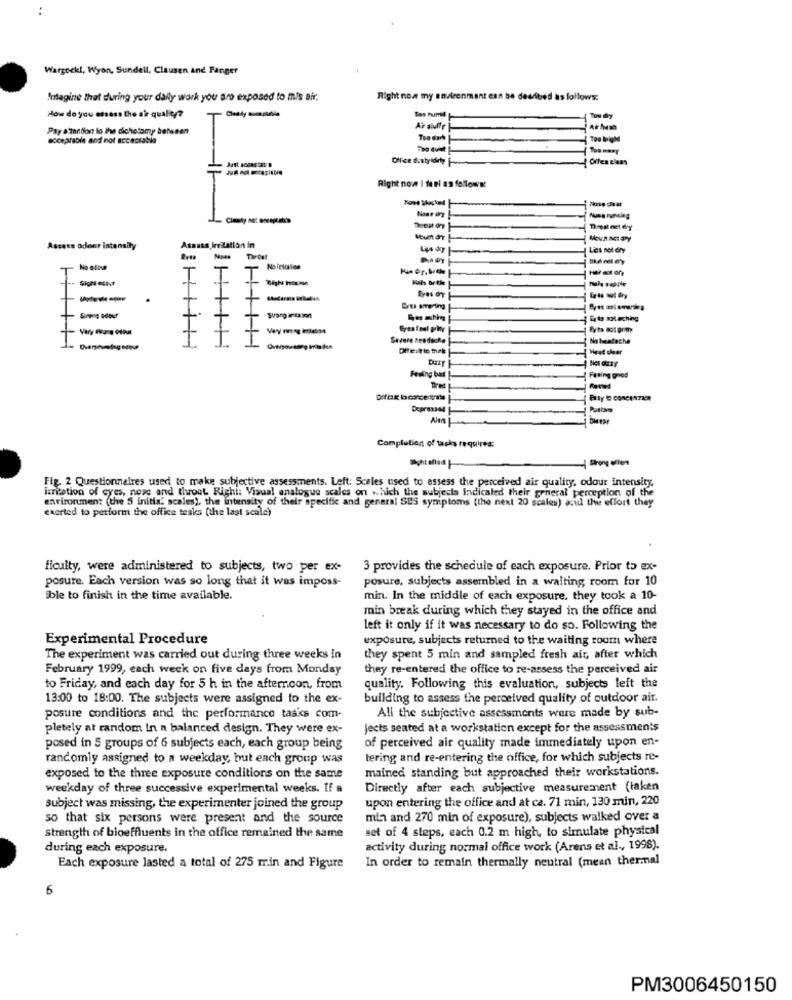
..
Wargockl, Wyon, Sundell, Clausen and Fanger
Imagine that during your daily work you are exposed to this air.
Right now my environment can be desdibed as follows:
How do you assess the air quality?
Pay a'tantion lo the dichotomy between
Ar aluffe
acceptable and not acceptable
Right now I feel as follows:
Nome runting
Dres net ery
Assess odour intensity
Assass irelation in
Lies not dry
Tivdet
1
+
T
T
+
Eyes dy
T
T
+
Et mleching
II
Severe seadache
No headache
Overşeyesdag steve
Heat chear
Feeling bas
Filing good
Tired
Difar borcens
Elly'D concerTam
Completion of tasks requires:
Schteflad
Strong effen
Fig. 2 Questionnaires used to make subjective assessments. Left: Scales used to assess the perceived air quality, odour intensity.
izritation of cyes, nose and throat Righi: Visual analogue scales on which the subjects Indicaled their general perception of the
environment (the S initis' scales), the intensity of their specific and general SES symptoms (the next 20 scales) and the effort they
exerted to perform the office tesks (the last scale)
ficulty, were administered to subjects, two per ex-
3 provides the schedule of each exposure. Prior to ex-
posure. Each version was so long that it was imposs-
posure, subjects assembled in a waiting room for 10
ible to finish in the time available.
min. In the middle of each exposure, they took a 10-
min break during which they stayed in the office and
left it only if it was necessary to do so. Following the
Experimental Procedure
exposure, subjects returned to the waiting room where
The experiment was carried out during three weeks in
they spent 5 min and sampled fresh air, after which
February 1999, each week on five days from Monday
they re-entered the office to re-assess the perceived air
to Friday, and each day for 5 h in the afternoon, from
quality. Following this evaluation, subjects left the
13:00 to 18:00. The subjects were assigned to the ex-
building to assess the perceived quality of outdoor air.
posure conditions and the performance tasks com-
All the subjective assessments were made by sub-
pletely at random In a balanced design. They were ex-
jects seated at a workstation except for the assessments
of perceived air quality made immediately upon en-
posed in 5 groups of 6 subjects each, each group being
randomly assigned to a weekday, but each group was
tering and re-entering the office, for which subjects re-
mained standing but approached their workstations.
exposed to the three exposure conditions on the same
weekday of three successive experimental weeks. If a
Directly after each subjective measurement (laken
upon entering the office and at ca. 71 min, 130 min, 220
subject was missing, the experimenter joined the group
so that six persons were present and the source
min and 270 min of exposure), subjects walked over a
set of 4 steps, each 0.2 m high, to simulate physical
strength of bioeffluents in the office remained the same
during each exposure.
activity during normal office work (Arens et al ., 1998).
In order to remain thermally neutral (mean thermal
Each exposure lasted a total of 275 min and Figure
6
PM3006450150